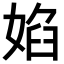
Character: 𭒃